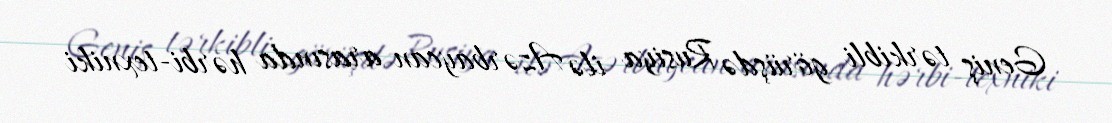
Geniş tərkibli görüşdə Rusiya ilə Azərbaycan arasında hərbi-texniki